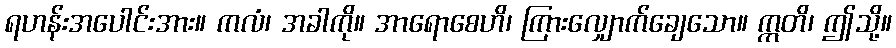
ရဟန်းအပေါင်းအား။ ကလံ၊ အခါကို။ အာရောစေဟိ၊ ကြားလျှောက်ချေသော။ ဣတိ၊ ဤသို့။